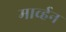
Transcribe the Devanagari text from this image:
मार्व्हन